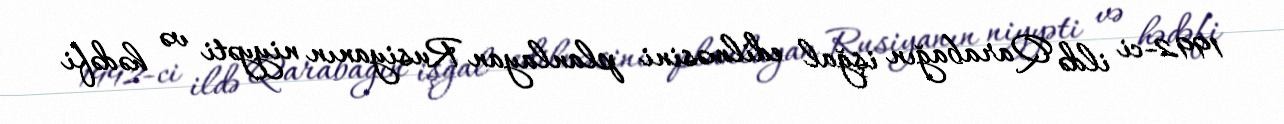
1992-ci ildə Qarabağın işğal edilməsini planlayan Rusiyanın niyyəti və hədəfi